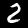
Label: 2